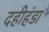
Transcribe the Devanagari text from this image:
दहीहंडा